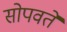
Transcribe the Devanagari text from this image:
सोपवते